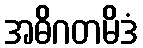
အဓိဂတမိဒံ